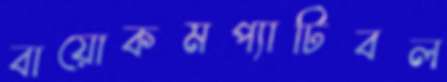
বায়োকমপ্যাটিবল